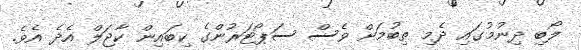
ލޯބި ދިނުމުގައި ދެމި ތިބުމަށް ވެސް ސަޕޯޓަރުންގެ ކިބައިން ކާޖަލް އެދެ އެވެ.